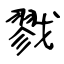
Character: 戮